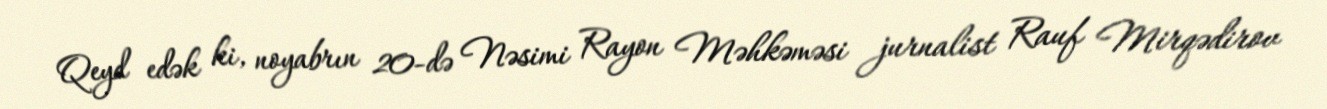
Qeyd edək ki, noyabrın 20-də Nəsimi Rayon Məhkəməsi jurnalist Rauf Mirqədirov